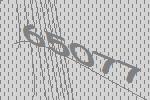
65077